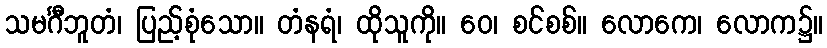
သမင်္ဂီဘူတံ၊ ပြည့်စုံသော။ တံနရံ၊ ထိုသူကို။ ဝေ၊ စင်စစ်။ လောကေ၊ လောက၌။